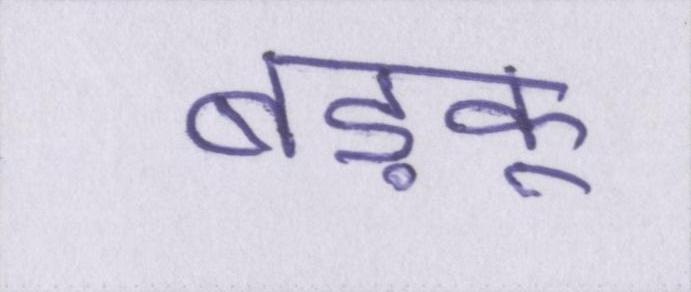
बड़कू